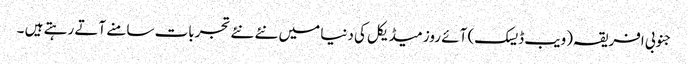
جنوبی افریقہ(ویب ڈیسک) آئے روز میڈیکل کی دنیا میں نئے نئے تجربات سامنے آتے رہتے ہیں ۔